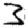
Digit: 3